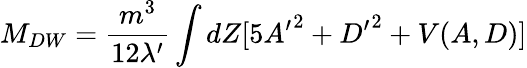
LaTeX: M_{DW}={\frac{m^{3}}{12\lambda^{\prime}}}\int dZ[5{A^{\prime}}^{2}+{D^{\prime}}^{2}+V(A,D)]